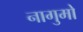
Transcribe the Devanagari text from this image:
नागुमो